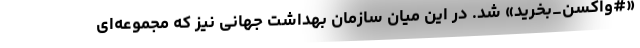
«#واکسن_بخرید» شد. در این میان سازمان بهداشت جهانی نیز که مجموعه‌ای